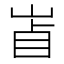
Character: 𡷚